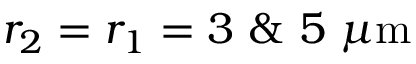
r _ { 2 } = r _ { 1 } = 3 ~ \& ~ 5 \ \mu \mathrm { m }